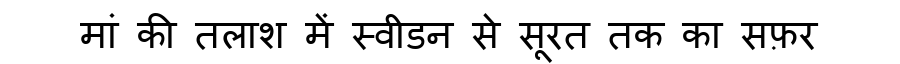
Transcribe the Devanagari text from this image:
मां की तलाश में स्वीडन से सूरत तक का सफ़र